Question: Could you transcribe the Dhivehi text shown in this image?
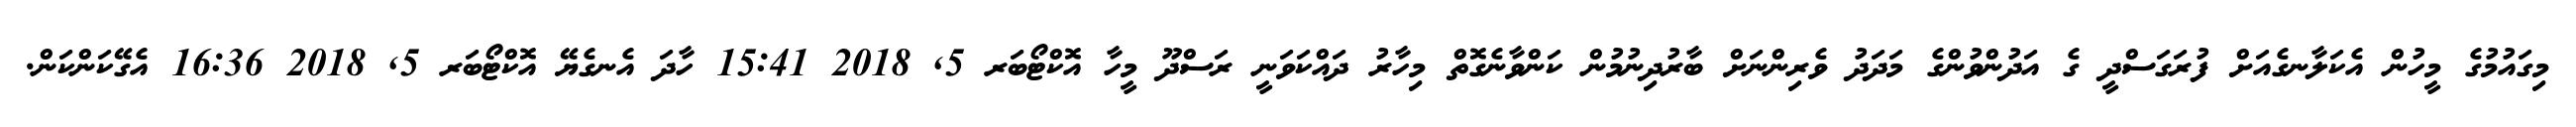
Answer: މިގައުމުގެ މީހުން އެކަލާނގެއަށް ފުރަގަސްދީ ގެ އަދުންވުންގެ މަދަދު ވެރިންނަށް ބާރުދިނުމުން ކަންވާނެގޮތް މިހާރު ދައްކަވަނީ ރަސްދޫ މީހާ އޮކްޓޯބަރ 5, 2018 15:41 ހާދަ އެނގެޔޭ އޮކްޓޯބަރ 5, 2018 16:36 އެގޭކަންކަން.